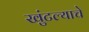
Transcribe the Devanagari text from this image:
खुंटल्याचे